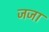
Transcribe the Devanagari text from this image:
जजा